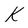
Character: K